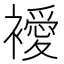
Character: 𧞇